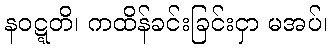
နဝဋ္ဋတိ၊ ကထိန်ခင်းခြင်းငှာ မအပ်၊